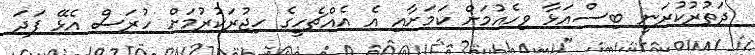
ދަތުރުކުރަނީ ބިސްއަޅާ ވިހެއުމަށް ކަމަށާއި އެ އެއްޗެހީގެ ހިޖުރަކުރުމަށް ހުރަސް އެޅޭ ފަދަ